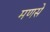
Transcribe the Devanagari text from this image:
मणसे